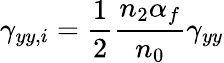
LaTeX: \gamma_{yy,i}=\frac{1}{2}\frac{n_{2}\alpha_{f}}{n_{0}}\gamma_{yy}